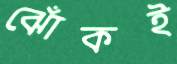
ঝোঁকই